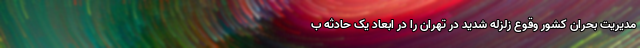
مدیریت بحران کشور وقوع زلزله شدید در تهران را در ابعاد یک حادثه ب